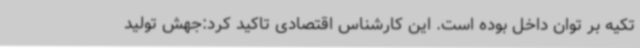
تکیه بر توان داخل بوده است. این کارشناس اقتصادی تاکید کرد:جهش تولید